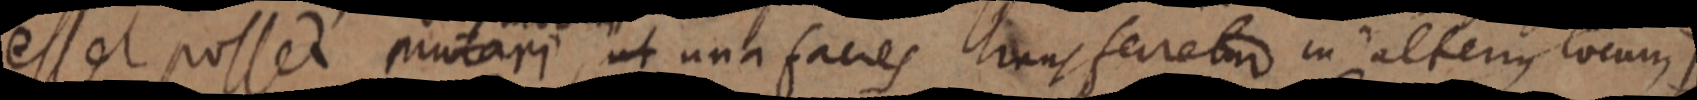
esset posset mutari, ut una facies liuns ferretur in alterius locum I